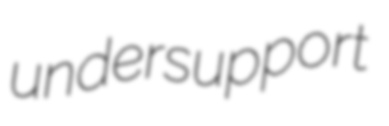
undersupport